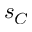
s _ { C }